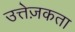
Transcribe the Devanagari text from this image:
उत्तेज़कता